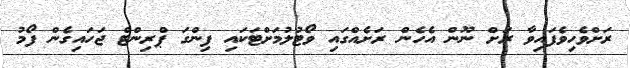
ރަށްވެހިވެފައިވާ ރަށް ނޫން އެހެން ރަށެއްގައި ވޯޓުލުމަށްޓަކައި ފިންގަ ޕްރިންޓް ޖަހައިގެން ފޯމު